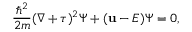
{ \frac { \hbar ^ { 2 } } { 2 m } } ( \nabla + \tau ) ^ { 2 } \Psi + ( \mathbf { u } - E ) \Psi = 0 ,